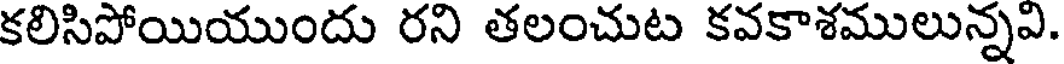
కలిసిపోయియుందు రని తలంచుట కవకాశములున్నవి.